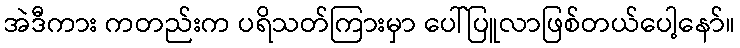
အဲဒီကား ကတည်းက ပရိသတ်ကြားမှာ ပေါ်ပြူလာဖြစ်တယ်ပေါ့နော်။